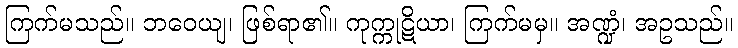
ကြက်မသည်။ ဘဝေယျ၊ ဖြစ်ရာ၏။ ကုက္ကုဋိယာ၊ ကြက်မမှ။ အဏ္ဍံ၊ အဥသည်။